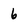
Character: 6